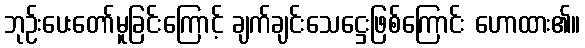
ဘုဉ်းပေးတော်မူခြင်းကြောင့် ချက်ချင်းသေဋ္ဌေးဖြစ်ကြောင်း ဟောထား၏။